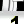
Digit: 1